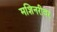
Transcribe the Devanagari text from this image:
मशिनरीवर